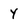
Character: Y